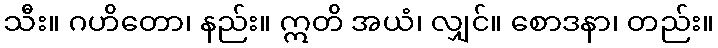
သီး။ ဂဟိတော၊ နည်း။ ဣတိ အယံ၊ လျှင်။ စောဒနာ၊ တည်း။